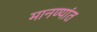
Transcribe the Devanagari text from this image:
मानण्यांत